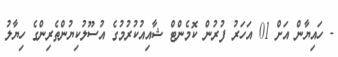
- ހައިޔާން އަށް 01 އަހަރު ފުރުން ކޮމެންޓް ޝާއިއުކުރުމުގެ އުސޫލުކިޔުންތެރިންގެ ހިޔާލު